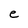
Character: e